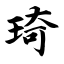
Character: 琦